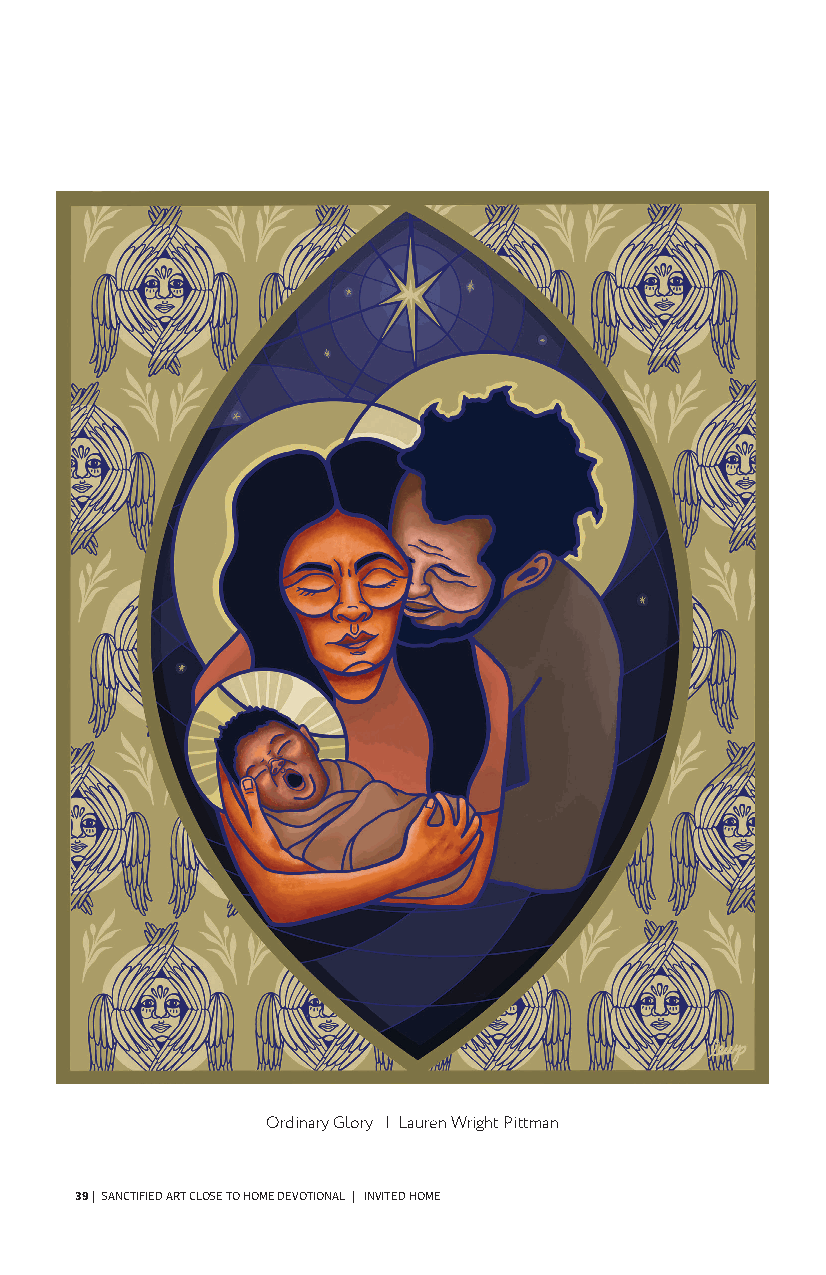
Wed.  | LayinG the  Foundation    (peace)
 Read  Philippians 1:3-11
 From the Artist Rev. Lauren Wright Pittman
 Paul’s letter is filled to the brim with affection, and models perfectly
 his prayer for the reader to live and move in the world from a
 foundation of overflowing love.
 When I began creating this image, the reaching, mirrored hands of
 the Close to Home logo emerged for me as a way to reference Paul’s
 outstretched, compassionate posture toward the Philippians as well
 as Paul’s hope for the reader to mirror that Christ-like embodiment.
 How do we determine what is best? We constantly strive, extending
 our hands and stretching our fingertips to get a grasp of the person
 of Jesus, having our lives transformed in love along the way.
 When I considered the metaphor of harvest that Paul provides, I
 knew I wanted to use botanical and fruit imagery. All of the flowers
 symbolize different kinds of love: Coltsfoot flowers representing
 maternal love and care, Forget-Me-Nots imaging faithful love and
 undying memory, and Heliotrope meaning eternal love and devoted
 attachment. At the center of the piece, the object of the hand’s
 reaching is a pomegranate, bursting open with seeds. Throughout
 history, pomegranates have been used as a symbol for royalty
 because of their richness of color and flavor, and for the crown-
 like shape on the end of the fruit. At times, this fruit was used as a
 symbol for Christ and resurrection as well. The split-open fruit with
 seeds spilling out represents Christ breaking out of the tomb.⁹ The
 hands are ready to receive the knowledge and full insight of Christ
 and to be nourished by the harvest of righteousness.
 Prayer
 Breathe deeply as you gaze upon the image on the left. Imagine
 placing yourself in this scene. What do you see? How do you feel?
 Get quiet and still, offering a silent or spoken prayer to God.
 9 Appleton, LeRoy H., and Stephen Bridges. Symbolism in Liturgical Art. New York:
 Scribner, 1969.
 Ordinary Glory | Lauren Wright Pittman
 39 | SANCTIFIED ART CLOSE TO HOME DEVOTIONAL | INVITED HOME            SANCTIFIED ART CLOSE TO HOME DEVOTIONAL | LAYING THE FOUNDATION | 16